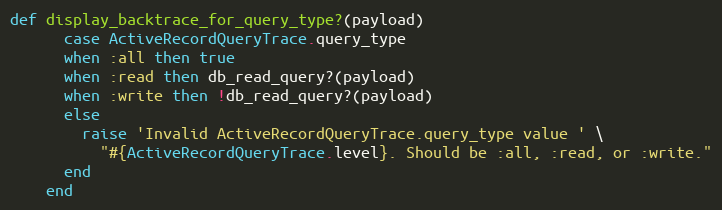
Language: Ruby
def display_backtrace_for_query_type?(payload)
      case ActiveRecordQueryTrace.query_type
      when :all then true
      when :read then db_read_query?(payload)
      when :write then !db_read_query?(payload)
      else
        raise 'Invalid ActiveRecordQueryTrace.query_type value ' \
          "#{ActiveRecordQueryTrace.level}. Should be :all, :read, or :write."
      end
    end